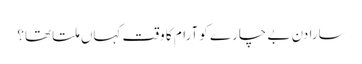
سارا دن بے چارے کو آرام کا وقت کہاں ملتا تھا؟